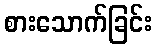
စားသောက်ခြင်း